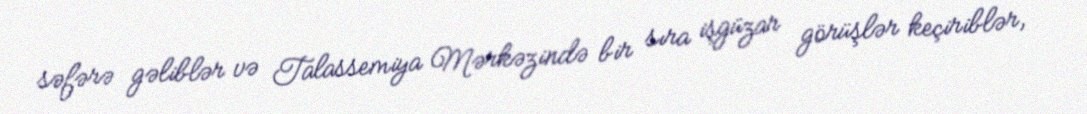
səfərə gəliblər və Talassemiya Mərkəzində bir sıra işgüzar görüşlər keçiriblər,